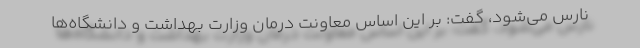
نارس می‌شود، گفت: بر این اساس معاونت درمان وزارت بهداشت و دانشگاه‌ها